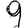
Digit: 9